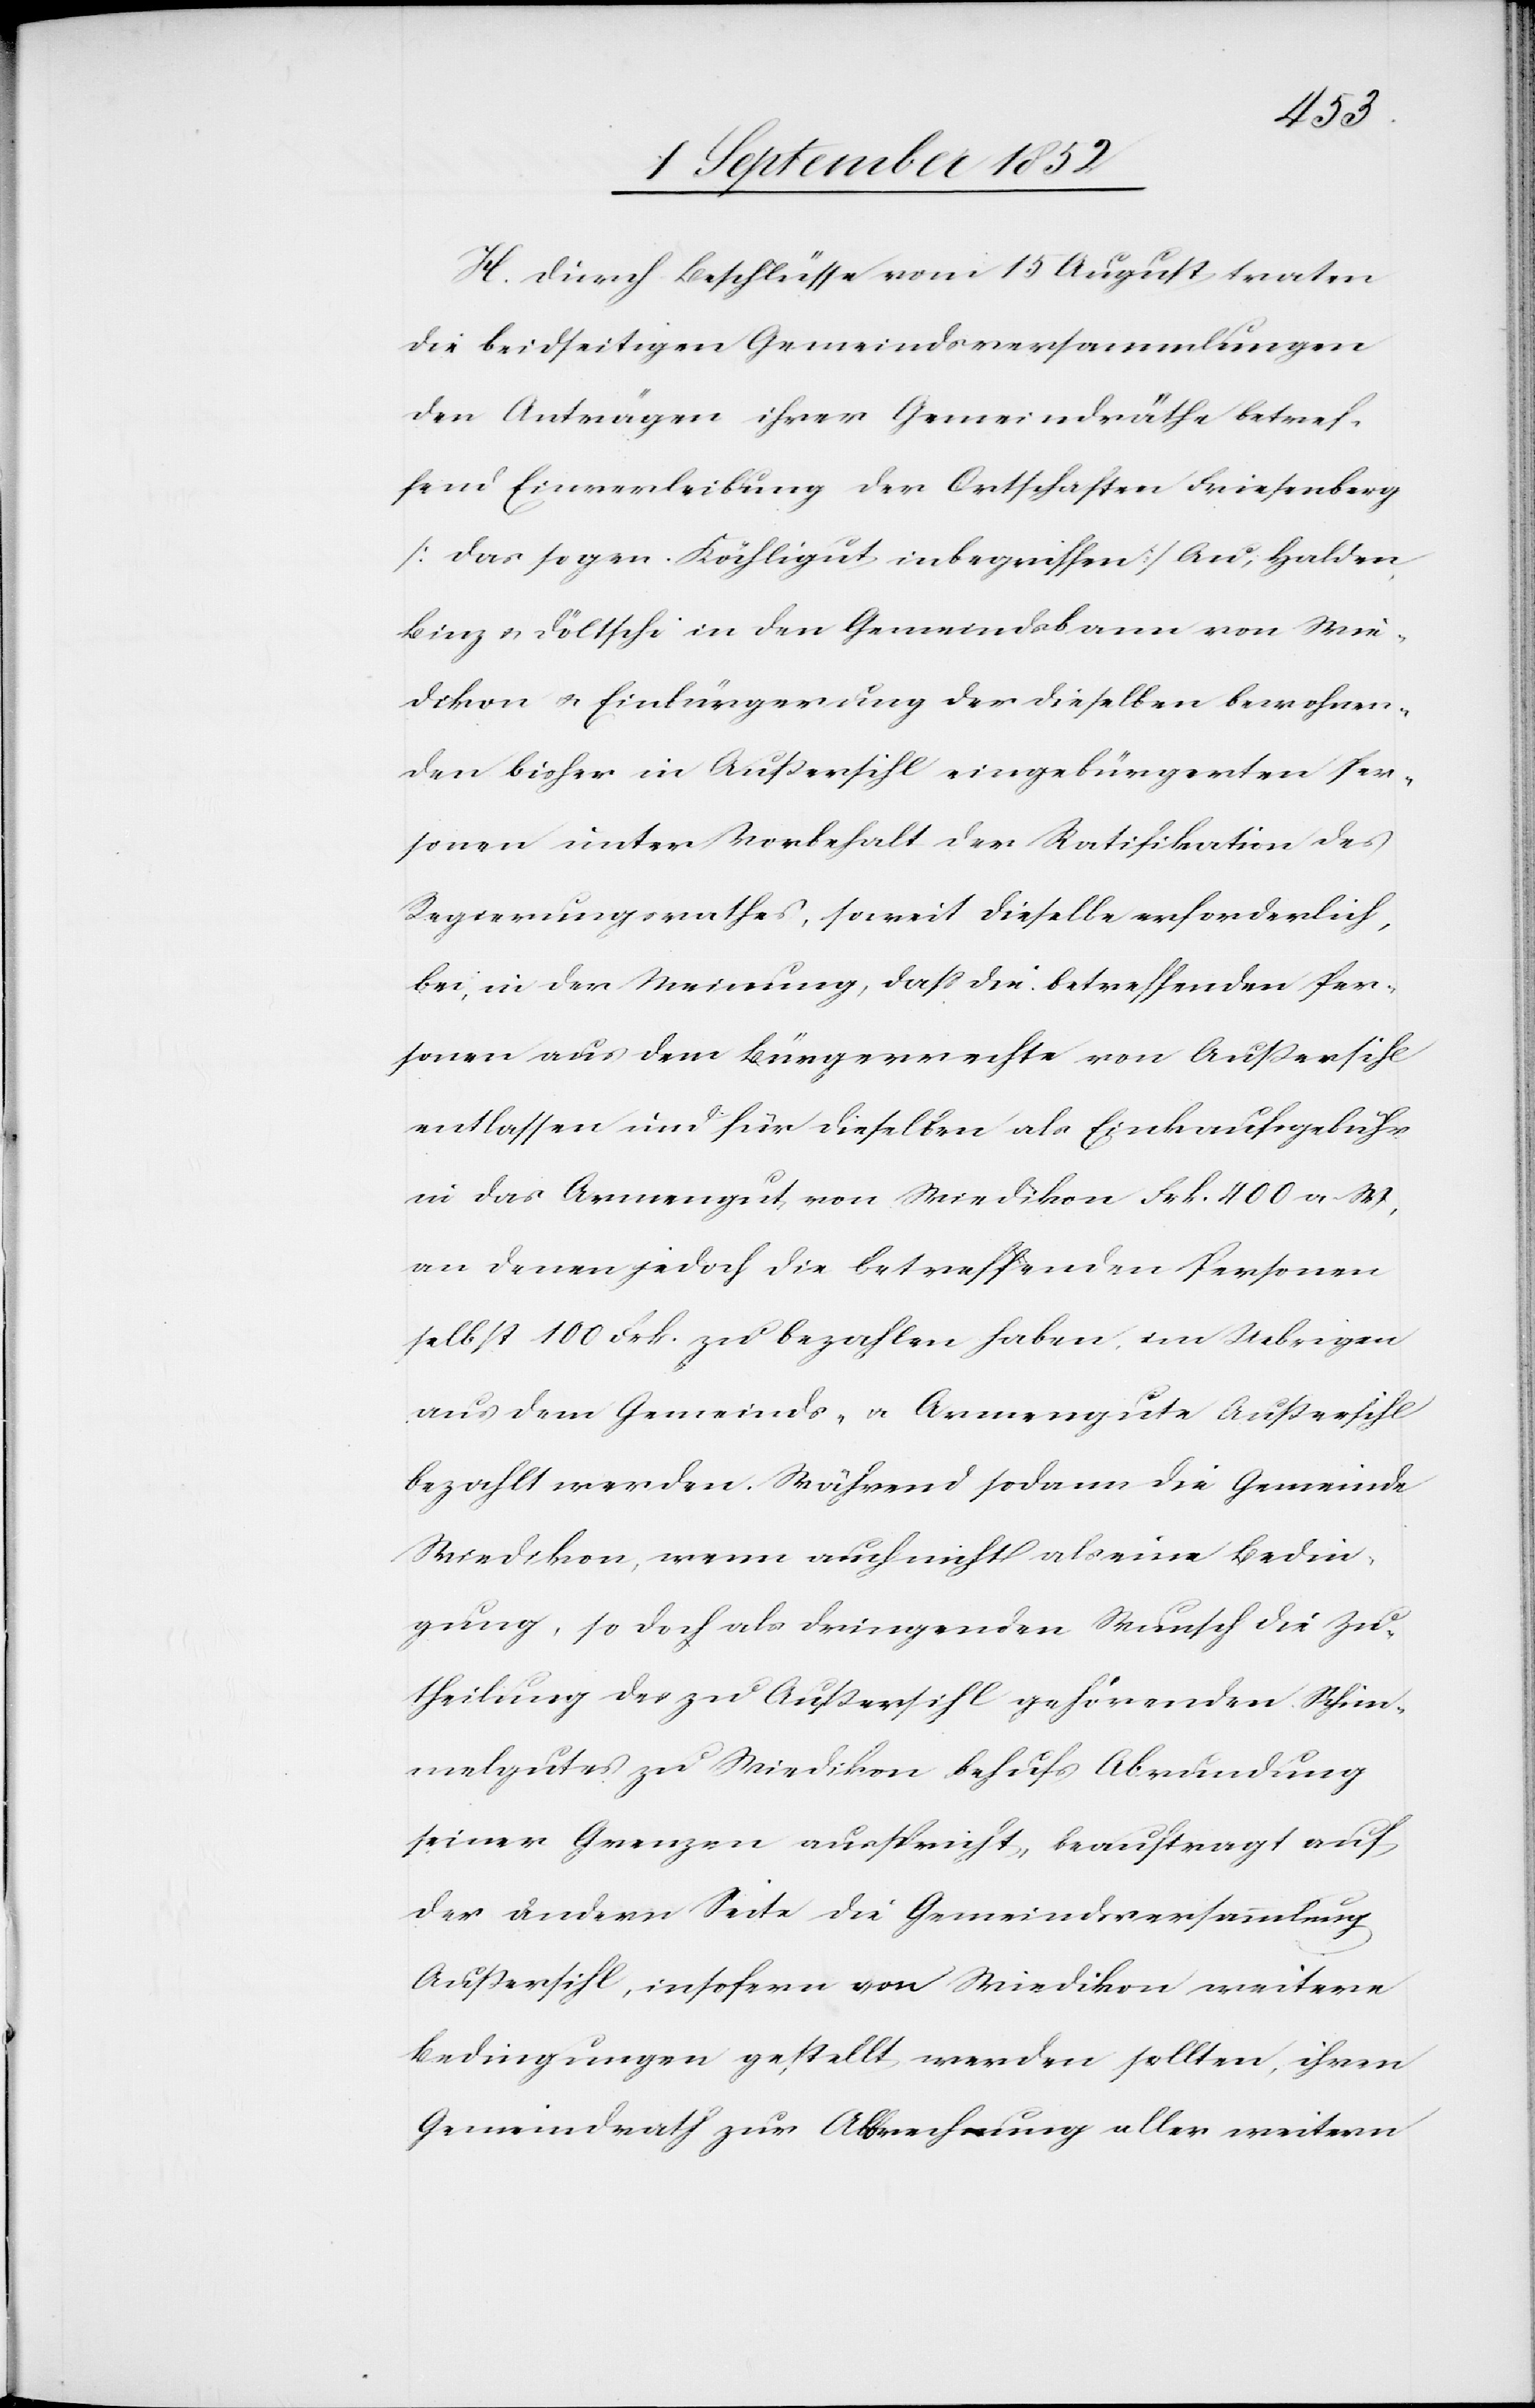
H. Durch Beschlüsse vom 15 August traten
die beidseitigen Gemeindsversammlungen
den Anträgen ihrer Gemeindräthe betref¬
fend Einverleibung der Ortschaften Friesenberg
[das sogen. Köchligut inbegriffen] Au, Halden,
Binz & Döltschi in den Gemeindsbann von Wie¬
dikon & Einbürgerung der dieselben bewohnen¬
den bisher in Außersihl eingebürgerten Per¬
sonen unter Vorbehalt der Ratifikation des
Regierungsrathes, soweit dieselbe erforderlich,
bei, in der Meinung, dass die betreffenden Per¬
sonen aus dem Bürgerrechte von Außersihl
entlassen und für dieselben als Einkaufsgebühr
in das Armengut von Wiedikon Frk. 400 a. W.,
an denen jedoch die betreffenden Personen
selbst 100 Frk. zu bezahlen haben, im Uebrigen
aus dem Gemeinds- & Armengute Außersihl
bezahlt werden. Während sodann die Gemeinde
Wiedikon, wenn auch nicht als eine Bedin¬
gung, so doch als dringenden Wunsch die Zu¬
theilung des zu Außersihl gehörenden Schim¬
melgutes zu Wiedikon behufs Abrundung
seiner Grenzen ausspricht, beauftragt auf
der andern Seite die Gemeindsversammlung
Außersihl, insofern von Wiedikon weitere
Bedingungen gestellt werden sollten, ihren
Gemeindrath zur Abbrechung aller weitern